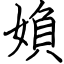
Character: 媍